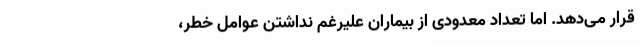
قرار می‌دهد. اما تعداد معدودی از بیماران علیرغم نداشتن عوامل خطر،